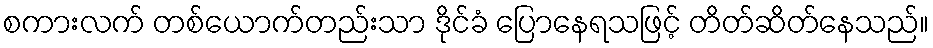
စကားလက် တစ်ယောက်တည်းသာ ဒိုင်ခံ ပြောနေရသဖြင့် တိတ်ဆိတ်နေသည်။